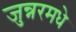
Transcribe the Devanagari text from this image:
जुन्नरमधे